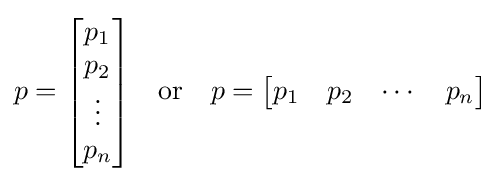
p={\begin{bmatrix}p_{1}\\p_{2}\\\vdots \\p_{n}\end{bmatrix}}\quad {\text{or}}\quad p={\begin{bmatrix}p_{1}&p_{2}&\cdots &p_{n}\end{bmatrix}}